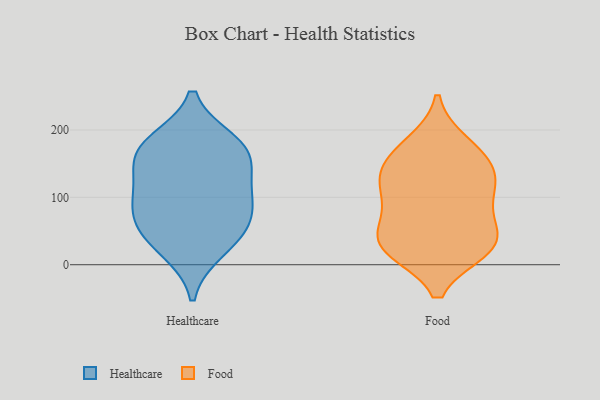
{"axis": {"x": "LTV (USD)", "y": "Value"}, "legend": ["Food", "Healthcare"], "data": [{"x": "", "y": 172, "type": "Healthcare"}, {"x": "", "y": 84, "type": "Healthcare"}, {"x": "", "y": 48, "type": "Healthcare"}, {"x": "", "y": 152, "type": "Healthcare"}, {"x": "", "y": 23, "type": "Healthcare"}, {"x": "", "y": 103, "type": "Healthcare"}, {"x": "", "y": 166, "type": "Healthcare"}, {"x": "", "y": 104, "type": "Healthcare"}, {"x": "", "y": 54, "type": "Healthcare"}, {"x": "", "y": 181, "type": "Healthcare"}, {"x": "", "y": 24, "type": "Food"}, {"x": "", "y": 179, "type": "Food"}, {"x": "", "y": 122, "type": "Food"}, {"x": "", "y": 138, "type": "Food"}, {"x": "", "y": 32, "type": "Food"}, {"x": "", "y": 145, "type": "Food"}, {"x": "", "y": 31, "type": "Food"}, {"x": "", "y": 83, "type": "Food"}, {"x": "", "y": 168, "type": "Food"}, {"x": "", "y": 33, "type": "Food"}, {"x": "", "y": 117, "type": "Food"}, {"x": "", "y": 84, "type": "Food"}, {"x": "", "y": 29, "type": "Food"}]}